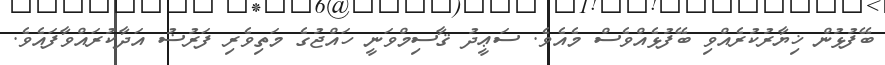
ބޭފުޅުން ޚިޔާރުކުރެއްވި ބޭފުޅެއްވެސް މެއެވެ. ސަޢީދު ޤާސިމްވަނީ ހައްޖުގެ މަތިވެރި ފަރުޟު އަދާކުރައްވާފައެވެ.